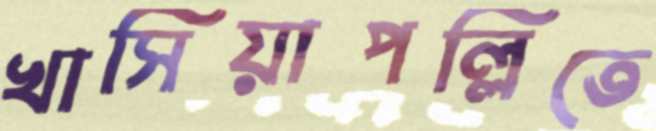
খাসিয়াপল্লিতে